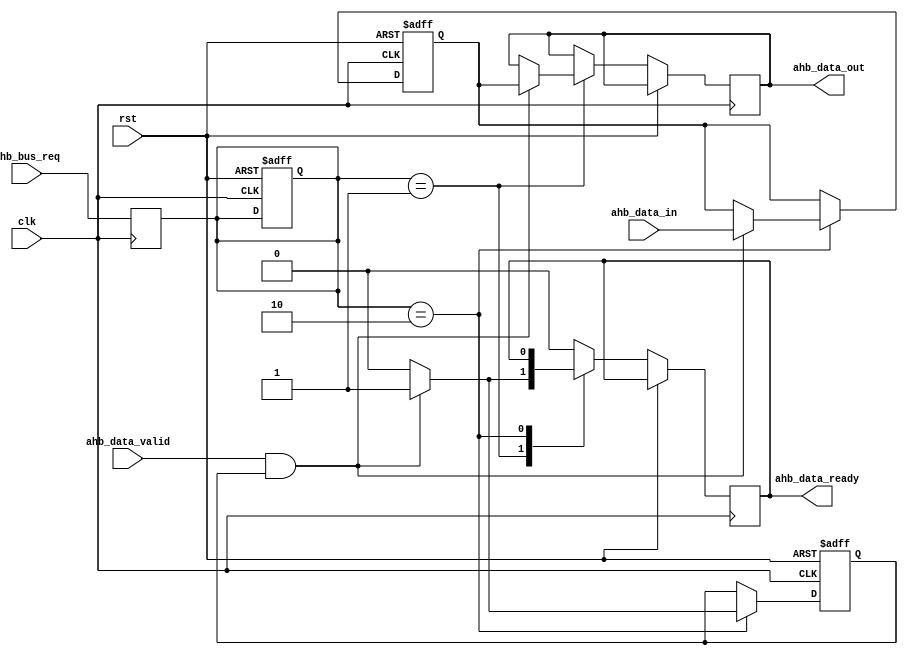
module AHB_Controller (
    input wire clk,
    input wire rst,
    input wire [3:0] ahb_bus_req,
    input wire [31:0] ahb_data_in,
    input wire ahb_data_valid,
    output reg [31:0] ahb_data_out,
    output reg ahb_data_ready
);

reg [31:0] data_reg;
reg data_ready_reg;
reg [3:0] req_reg;

always @ (posedge clk or posedge rst) begin
    if (rst) begin
        data_reg <= 32'b0;
        data_ready_reg <= 1'b0;
        req_reg <= 4'b0;
    end else begin
        case (req_reg)
            4'b0001: begin // Read from AHB bus
                if (ahb_data_valid && data_ready_reg) begin
                    ahb_data_out <= data_reg;
                    ahb_data_ready <= 1'b1;
                end else begin
                    ahb_data_ready <= 1'b0;
                end
            end
            4'b0010: begin // Write to AHB bus
                if (ahb_data_valid && data_ready_reg) begin
                    data_reg <= ahb_data_in;
                    data_ready_reg <= 1'b1;
                end else begin
                    data_ready_reg <= 1'b0;
                end
            end
            default: begin
                ahb_data_ready <= 1'b0;
            end
        endcase
    end
end

always @ (posedge clk) begin
    req_reg <= ahb_bus_req;
end

endmodule